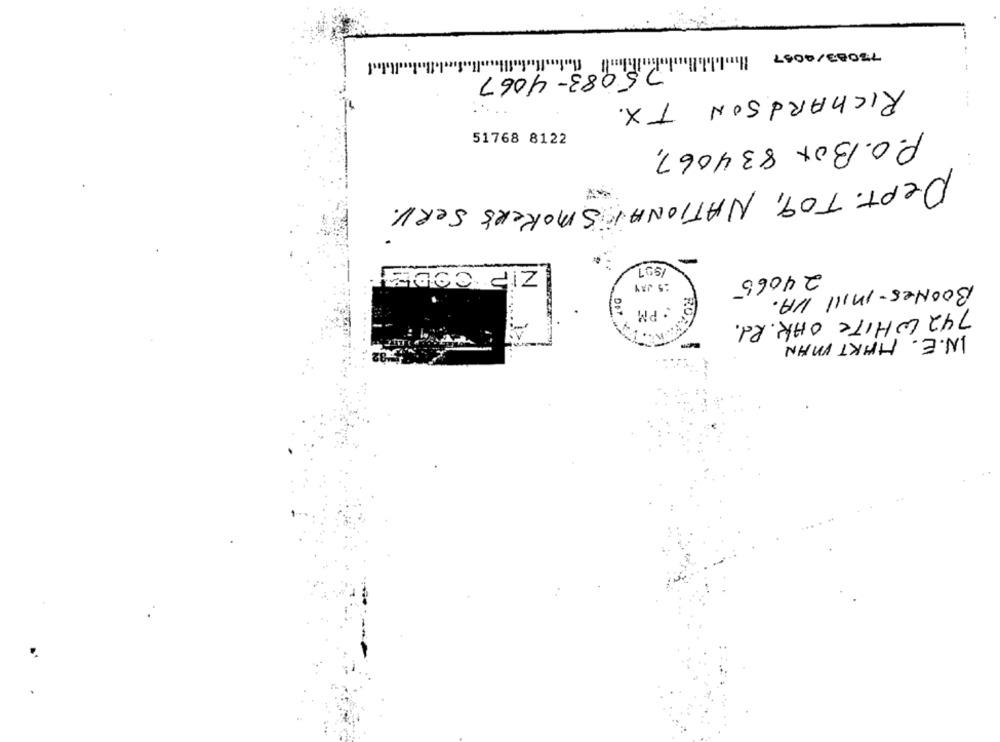
77083/4047 Ihnil.lili.
5083-4067
RICHARDSON TX.
---
51768 8122
P.O.Box 834067,
DEPT. TO9, NATIONAL SMOKER'S SERV.
ZIP CODET
24065
15 JAN
BooNes-mill NA.
PM
RO
742 WHITE OAK. Rd.
IN.E. HMKT MAN